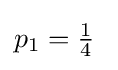
p_{1}=\textstyle {\frac {1}{4}}\